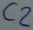
Text: C2